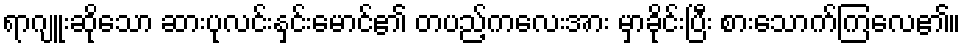
ရာဂျူးဆိုသော ဆားပုလင်းနှင်းမောင်၏ တပည့်ကလေးအား မှာခိုင်းပြီး စားသောက်ကြလေ၏။